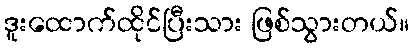
ဒူးထောက်ထိုင်ပြီးသား ဖြစ်သွားတယ်။